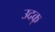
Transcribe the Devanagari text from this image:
उदक्